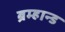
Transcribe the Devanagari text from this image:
ब्रम्हान्ड